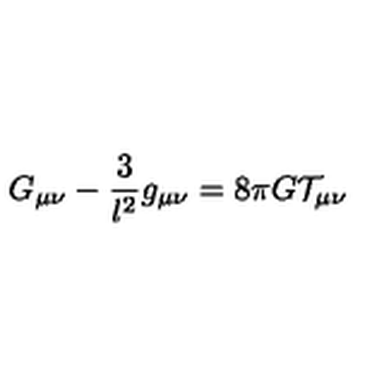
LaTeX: G _ { \mu \nu } - \frac 3 { l ^ { 2 } } g _ { \mu \nu } = 8 \pi G \mathcal { T } _ { \mu \nu }